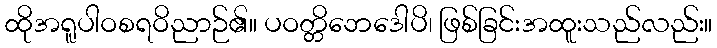
ထိုအရူပါဝစရဝိညာဉ်၏။ ပဝတ္တိဘေဒေါပိ၊ ဖြစ်ခြင်းအထူးသည်လည်း။